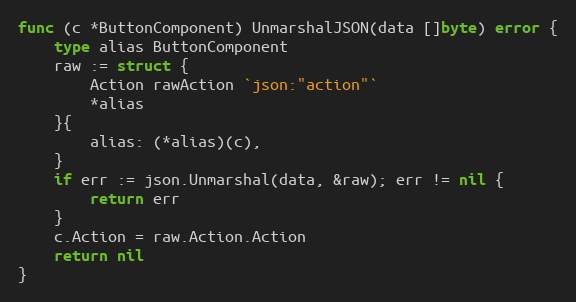
Language: Go
func (c *ButtonComponent) UnmarshalJSON(data []byte) error {
	type alias ButtonComponent
	raw := struct {
		Action rawAction `json:"action"`
		*alias
	}{
		alias: (*alias)(c),
	}
	if err := json.Unmarshal(data, &raw); err != nil {
		return err
	}
	c.Action = raw.Action.Action
	return nil
}